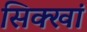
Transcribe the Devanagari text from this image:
सिक्खां